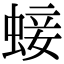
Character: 𧌃